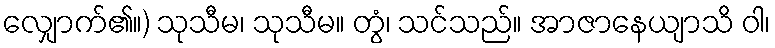
လျှောက်၏။) သုသီမ၊ သုသီမ။ တွံ၊ သင်သည်။ အာဇာနေယျာသိ ဝါ၊